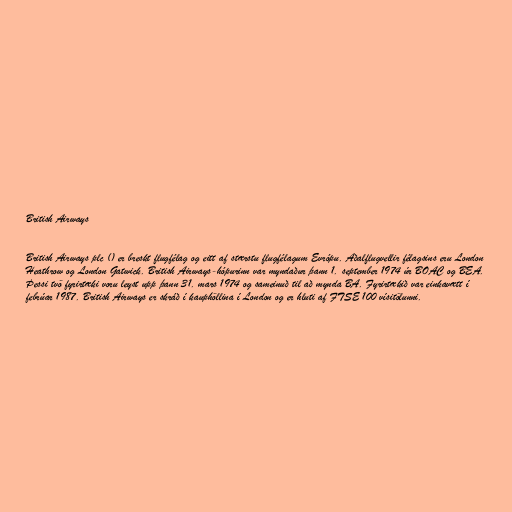
British Airways

British Airways plc () er breskt flugfélag og eitt af stærstu flugfélagum Evrópu. Aðalflugvellir félagsins eru London
Heathrow og London Gatwick. British Airways-hópurinn var myndaður þann 1. september 1974 úr BOAC og BEA.
Þessi tvö fyrirtæki voru leyst upp þann 31. mars 1974 og sameinuð til að mynda BA. Fyrirtækið var einkavætt í
febrúar 1987. British Airways er skráð í kauphöllina í London og er hluti af FTSE 100 vísitölunni.